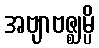
အဗျာဗဇ္ဈမ္ပိ